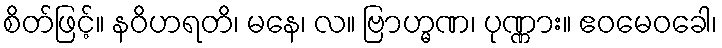
စိတ်ဖြင့်။ နဝိဟရတိ၊ မနေ၊ လ။ ဗြာဟ္မဏ၊ ပုဏ္ဏား။ ဧဝမေဝခေါ၊